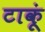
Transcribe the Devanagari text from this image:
टाकूं